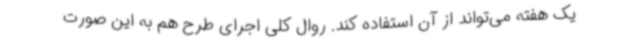
یک هفته می‌تواند از آن استفاده کند. روال کلی اجرای طرح هم به این صورت